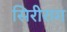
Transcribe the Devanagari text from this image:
सिरीराग